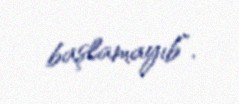
başlamayıb”.